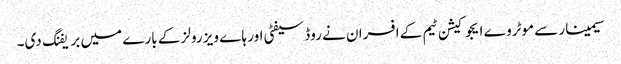
سیمینار سے موٹروے ایجوکیشن ٹیم کے افسران نے روڈ سیفٹی اور ہا ے ویز رولز کے بارے میں بریفنگ دی۔